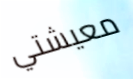
معيشتي